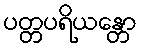
ပတ္တပရိယန္တော